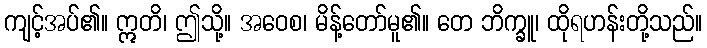
ကျင့်အပ်၏။ ဣတိ၊ ဤသို့။ အဝေစ၊ မိန့်တော်မူ၏။ တေ ဘိက္ခူ၊ ထိုရဟန်းတို့သည်။